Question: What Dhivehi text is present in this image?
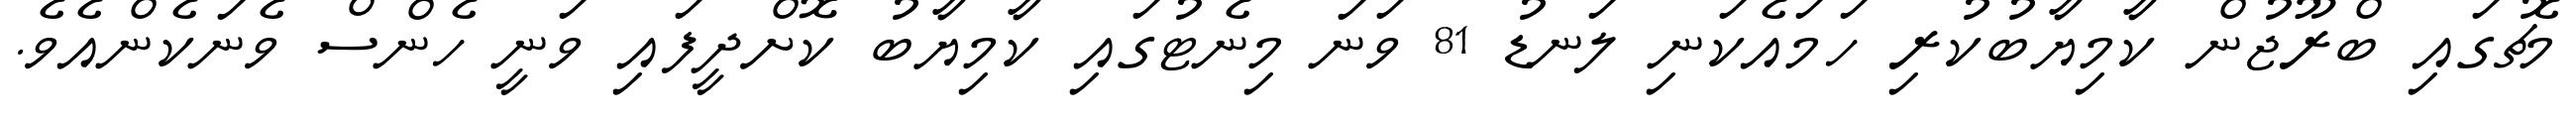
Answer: މެޗުގައި ބްރޫޖުން ކާމިޔާބުކުރި ހަމައެކަނި ލަނޑު 81 ވަނަ މިނެޓުގައި ކާމިޔާބު ކޮށްދީފައި ވަނީ ހެންސް ވެނަކެންއެވެ.